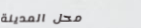
محل المدينة